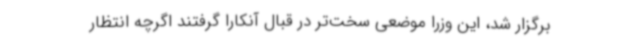
برگزار شد، این وزرا موضعی سخت‌تر در قبال آنکارا گرفتند اگرچه انتظار